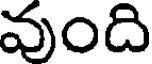
వుంది